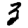
Digit: 3